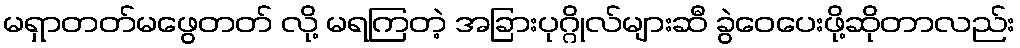
မရှာတတ်မဖွေတတ် လို့ မရကြတဲ့ အခြားပုဂ္ဂိုလ်များဆီ ခွဲဝေပေးဖို့ဆိုတာလည်း